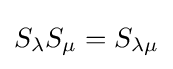
S_{\lambda }S_{\mu }=S_{\lambda \mu }